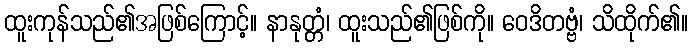
ထူးကုန်သည်၏အဖြစ်ကြောင့်။ နာနုတ္တံ၊ ထူးသည်၏ဖြစ်ကို။ ဝေဒိတဗ္ဗံ၊ သိထိုက်၏။